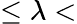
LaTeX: \leq\lambda<